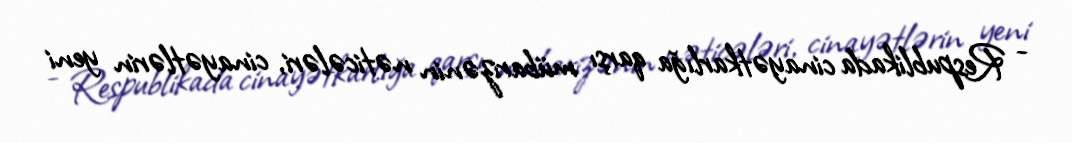
- Respublikada cinayətkarlığa qarşı mübarizənin nəticələri, cinayətlərin yeni